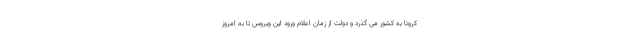
کرونا به کشور می گذرد و دولت از زمان اعلام ورود این ویروس تا به امروز